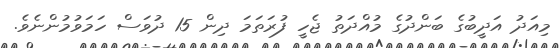
މިއަދު އަދީބުގެ ބަންދުގެ މުއްދަތު ޖެހީ ފުރަތަމަ ދިން 15 ދުވަސް ހަމަވުމުންނެވެ.